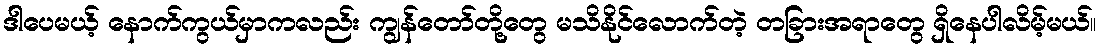
ဒါပေမယ့် နောက်ကွယ်မှာကလည်း ကျွန်တော်တို့တွေ မသိနိုင်လောက်တဲ့ တခြားအရာတွေ ရှိနေပါလိမ့်မယ်။